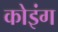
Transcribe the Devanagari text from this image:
कोइंग